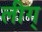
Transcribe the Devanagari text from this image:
लीग्